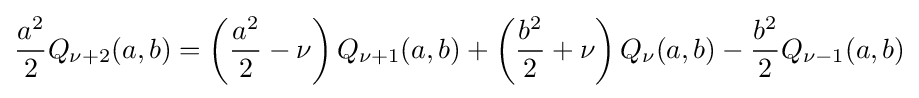
{\frac {a^{2}}{2}}Q_{\nu +2}(a,b)=\left({\frac {a^{2}}{2}}-\nu \right)Q_{\nu +1}(a,b)+\left({\frac {b^{2}}{2}}+\nu \right)Q_{\nu }(a,b)-{\frac {b^{2}}{2}}Q_{\nu -1}(a,b)